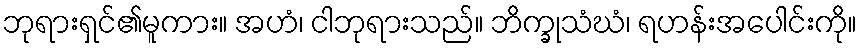
ဘုရားရှင်၏မူကား။ အဟံ၊ ငါဘုရားသည်။ ဘိက္ခုသံဃံ၊ ရဟန်းအပေါင်းကို။